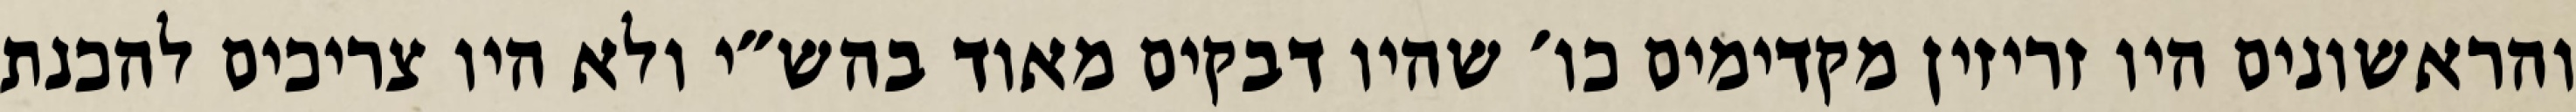
והראשונים היו זריזין מקדימים כו׳ שהיו דבקים מאוד בהש״י ולא היו צריכים להכנת